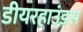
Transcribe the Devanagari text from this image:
डीयरहाउंड्स